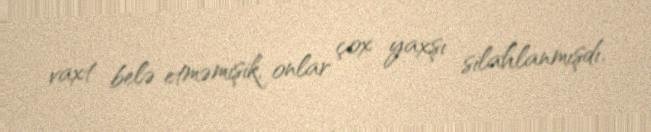
vaxt belə etməmişik, onlar çox yaxşı silahlanmışdı.